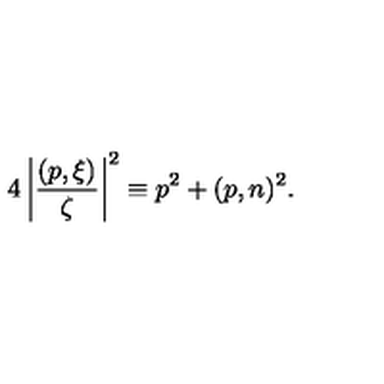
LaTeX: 4 \left| \frac { ( p , \xi ) } { \zeta } \right| ^ { 2 } \equiv p ^ { 2 } + ( p , n ) ^ { 2 } .